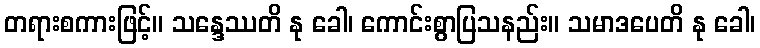
တရားစကားဖြင့်။ သန္ဒေဿတိ နု ခေါ၊ ကောင်းစွာပြသနည်း။ သမာဒပေတိ နု ခေါ၊